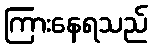
ကြားနေရသည်